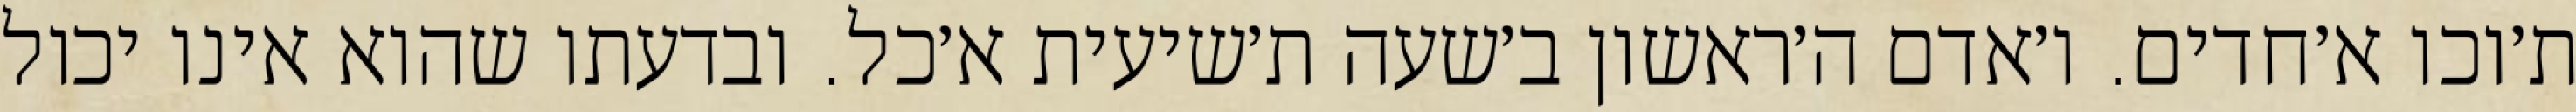
ת׳וכו א׳חדים. ו׳אדם ה׳ראשון ב׳שעה ת׳שיעית א׳כל. ובדעתו שהוא אינו יכול